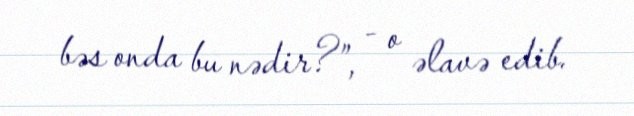
bəs onda bu nədir?”, - o əlavə edib.